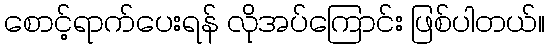
စောင့်ရာက်ပေးရန် လိုအပ်ကြောင်း ဖြစ်ပါတယ်။